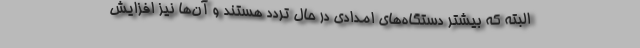
البته که بیشتر دستگاه‌های امدادی در حال تردد هستند و آن‌ها نیز افزایش